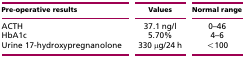
| Pre-operative results | Values | Normal range |
 | --- | --- | --- |
 | ACTH | 37.1 ng/l | 0–46 |
 | HbA1c | 5.70% | 4–6 |
 | Urine 17-hydroxypregnanolone | 330 μg/24 h | <100 |